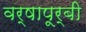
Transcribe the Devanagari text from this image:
वर्षापूर्बी